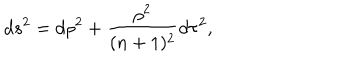
d s ^ { 2 } = d \rho ^ { 2 } + \frac { \rho ^ { 2 } } { ( n + 1 ) ^ { 2 } } d \tau ^ { 2 } ,